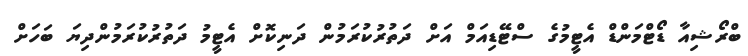
ބްރޯޝިއާ ޑޯޓްމަންޑް އެޓީމުގެ ސްޓޭޑިއަމް އަށް ދަތުރުކުރަމުން ދަނިކޮށް އެޓީމު ދަތުރުކުރަމުންދިޔަ ބަހަށް